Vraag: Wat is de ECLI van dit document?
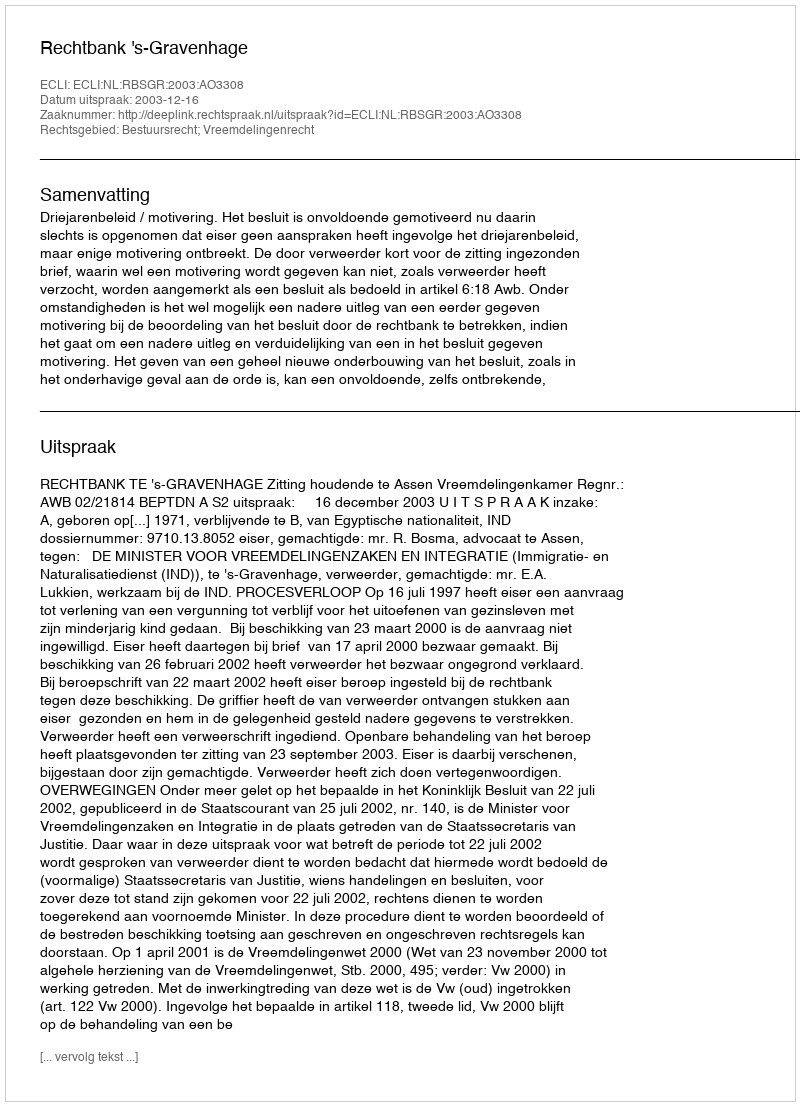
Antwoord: ECLI:NL:RBSGR:2003:AO3308